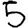
Digit: 5